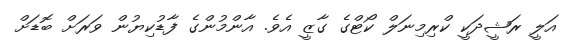
އަލީ ރަޝީދަކީ ކްރިމިނަލް ކޯޓްގެ ގާޒީ އެވެ. އާންމުންގެ ފާޑުކިޔުން ވަރަށް ބޮޑަށް